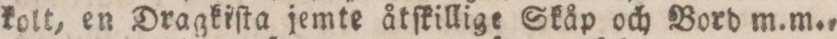
kolt, en Dragkiſta jemte åtſkillige Skåp och Bord m. m.,